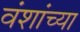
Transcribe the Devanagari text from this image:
वंशांच्या